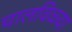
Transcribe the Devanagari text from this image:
चालविळ्या